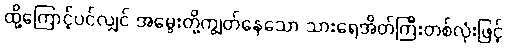
ထို့ကြောင့်ပင်လျှင် အမွေးတို့ကျွတ်နေသော သားရေအိတ်ကြီးတစ်လုံးဖြင့်